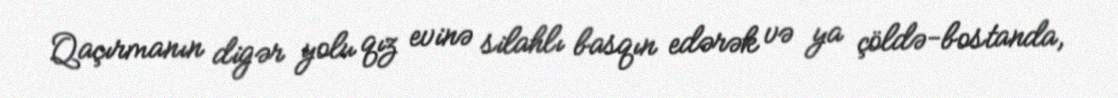
Qaçırmanın digər yolu qız evinə silahlı basqın edərək və ya çöldə-bostanda,